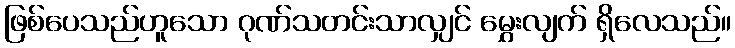
ဖြစ်ပေသည်ဟူသော ဂုဏ်သတင်းသာလျှင် မွှေးလျက် ရှိလေသည်။